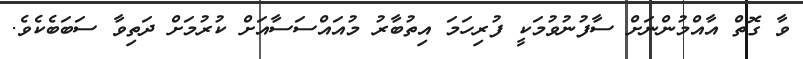
ވާ ގޮތް އާއްމުންނަށް ސާފުނުވުމަކީ ފުރިހަމަ އިތުބާރު މުއައްސަސާއަށް ކުރުމަށް ދަތިވާ ސަބަބެކެވެ.